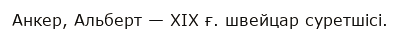
Анкер, Альберт — XIX ғ. швейцар суретшісі.